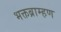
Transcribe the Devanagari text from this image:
भक्तब्राम्हण